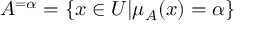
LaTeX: A ^ { = \alpha } = \{ x \in U | \mu _ { A } ( x ) = \alpha \}